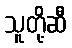
သူတို့ဆီ